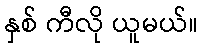
နှစ် ကီလို ယူမယ်။